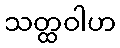
သတ္ထဝါဟ